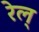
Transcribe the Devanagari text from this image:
रेल्